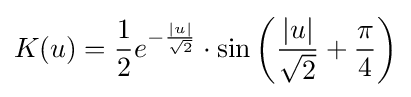
K(u)={\frac {1}{2}}e^{-{\frac {|u|}{\sqrt {2}}}}\cdot \sin \left({\frac {|u|}{\sqrt {2}}}+{\frac {\pi }{4}}\right)